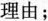
理由；